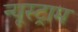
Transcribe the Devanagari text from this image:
न्यूस्ट्राम